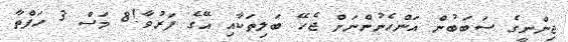
ޖިންނީގެ ސަބަބުން އަންހެނުންނަށް ޖެހޭ ބަލިތަކާއި އޭގެ ފަރުވާ!8 މަސް 3 ހަފްތާ